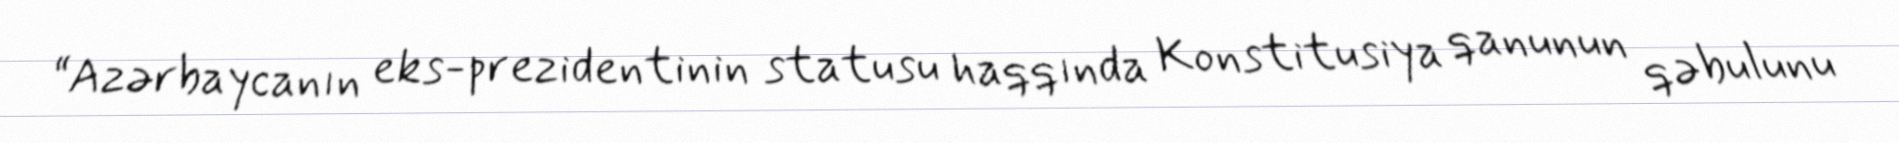
“Azərbaycanın eks-prezidentinin statusu haqqında Konstitusiya qanunun qəbulunu